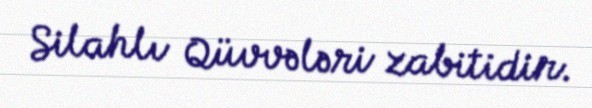
Silahlı Qüvvələri zabitidir.